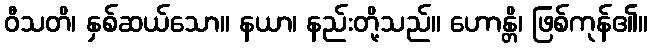
ဝီသတိ၊ နှစ်ဆယ်သော။ နယာ၊ နည်းတို့သည်။ ဟောန္တိ၊ ဖြစ်ကုန်၏။